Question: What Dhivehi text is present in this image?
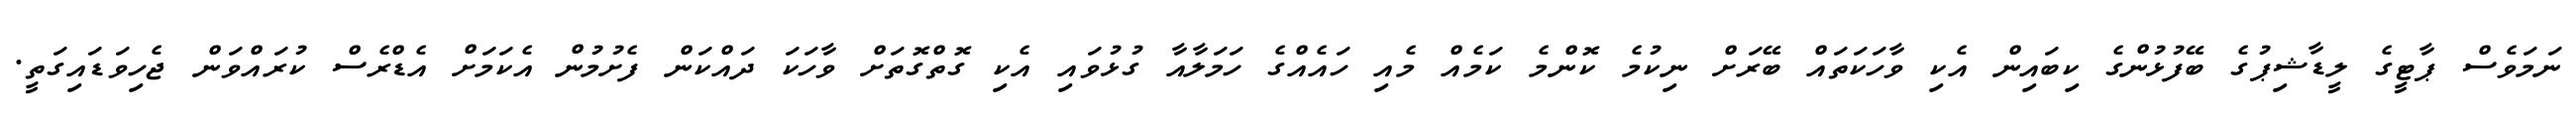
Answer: ނަމަވެސް ޕާޓީގެ ލީޑާޝިޕުގެ ބޭފުޅުންގެ ކިބައިން އެކި ވާހަކަތައް ބޭރަށް ނިކުމެ ކޮންމެ ކަމެއް މެއި ހައެއްގެ ހަމަލާއާ ގުޅުވައި އެކި ގޮތްގޮތަށް ވާހަކަ ދައްކަން ފެށުމުން އެކަމަށް އެޑްރެސް ކުރައްވަން ޖެހިވަޑައިގަތީ.